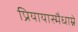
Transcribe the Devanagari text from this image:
प्रियायास्मैधाम्ने